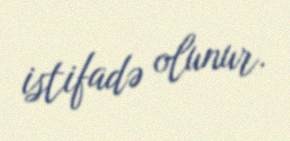
istifadə olunur.